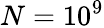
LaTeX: N=10^{9}